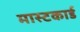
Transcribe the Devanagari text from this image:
मास्टकार्ड